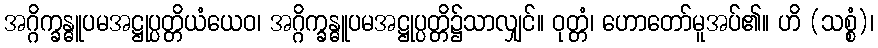
အဂ္ဂိက္ခန္ဓူပမအဋ္ဌုပ္ပတ္တိယံယေဝ၊ အဂ္ဂိက္ခန္ဓူပမအဋ္ဌုပ္ပတ္တိ၌သာလျှင်။ ဝုတ္တံ၊ ဟောတော်မူအပ်၏။ ဟိ (သစ္စံ)၊